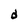
Character: d